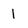
Character: 1